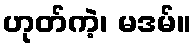
ဟုတ်ကဲ့၊ မဒမ်။